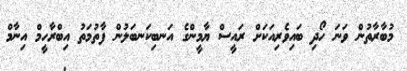
މުބާރާތުން ވަނަ ހޯދި ބައިވެރިއަކަށް ރައީސް ޔާމީންގެ އަނބިކަނބަލުން ފާތުމަތު އިބްރާހީމް އިނާމް